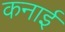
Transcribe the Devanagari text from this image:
कनाई